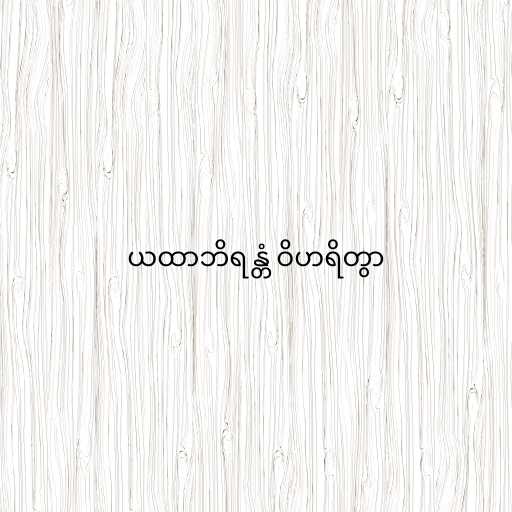
ယထာဘိရန္တံ ဝိဟရိတွာ